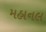
મહાનલ